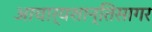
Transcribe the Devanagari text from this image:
आचार्यशान्तिसागर